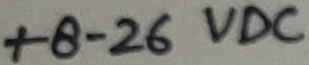
Text: +8-26VDC